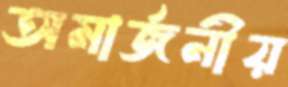
অমার্জনীয়